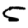
Digit: 5